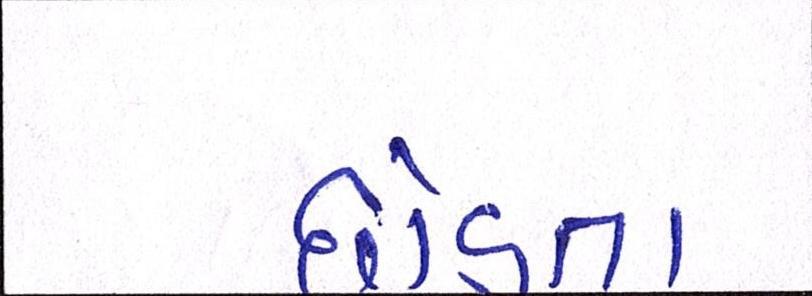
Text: છોડતા